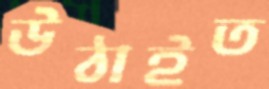
উঠাইত